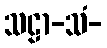
သဠာ-သံ-